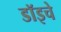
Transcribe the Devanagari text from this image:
डॉइचे